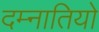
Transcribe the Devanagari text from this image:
दम्नातियो